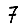
Digit: 7